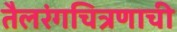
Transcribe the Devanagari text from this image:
तैलरंगचित्रणाची